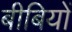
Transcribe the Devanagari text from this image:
बीबियों